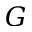
G